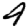
Digit: 4